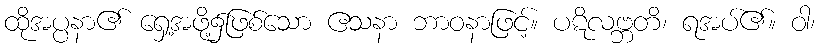
ထိုအပ္ပနာ၏ ရှေ့အဖို့၌ဖြစ်သော ဧသနာ ဘာဝနာဖြင့်။ ပဋိလဗ္ဘတိ၊ ရအပ်၏။ ဝါ၊